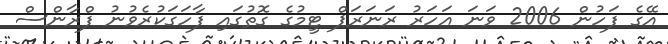
އޭގެ ފަހުން 2006 ވަނަ އަހަރު ރަނަރަޕް ޓީމުގެ ގޮތުގައި ފާހަގަކުރެވުނު ފްރާންސް